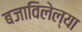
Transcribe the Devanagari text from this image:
बजाविलेल्या